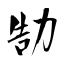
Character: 勂